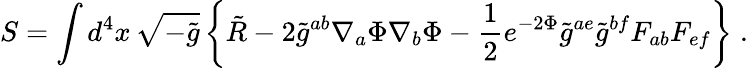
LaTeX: S=\int d^{4}x\, \sqrt{-\tilde{g}}\left\{ \tilde{R}-2\tilde{g}^{ab}\nabla_{a}\Phi\nabla_{b}\Phi-{\frac{1}{2}}e^{-2\Phi}\tilde{g}^{ae}\tilde{g}^{bf}F_{ab}F_{ef}\right\} \; .